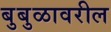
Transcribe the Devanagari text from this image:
बुबुळावरील